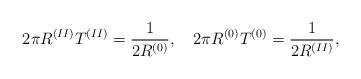
LaTeX: \begin{align*}2\pi R^{(II)}T^{(II)}=\frac{1}{2R^{(0)}},\quad2\pi R^{(0)}T^{(0)}=\frac{1}{2R^{(II)}},\end{align*}